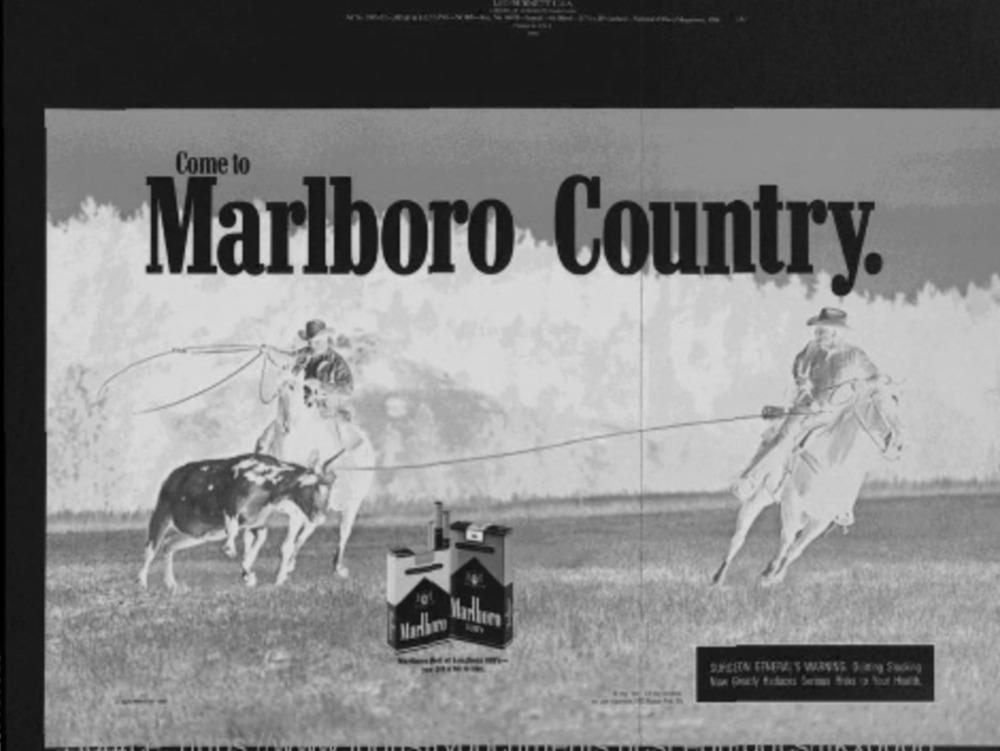
Come to
Marlboro Country.